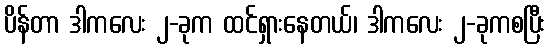
ပိန်တာ ဒါကလေး ၂-ခုက ထင်ရှားနေတယ်၊ ဒါကလေး ၂-ခုကစပြီး